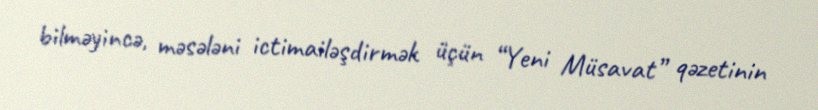
bilməyincə, məsələni ictimailəşdirmək üçün “Yeni Müsavat” qəzetinin